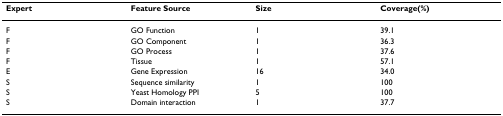
| Expert | Feature Source | Size | Coverage(%) |
 | --- | --- | --- | --- |
 | F | GO Function | 1 | 39.1 |
 | F | GO Component | 1 | 36.3 |
 | F | GO Process | 1 | 37.6 |
 | F | Tissue | 1 | 57.1 |
 | E | Gene Expression | 16 | 34.0 |
 | S | Sequence similarity | 1 | 100 |
 | S | Yeast Homology PPI | 5 | 100 |
 | S | Domain interaction | 1 | 37.7 |